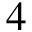
4